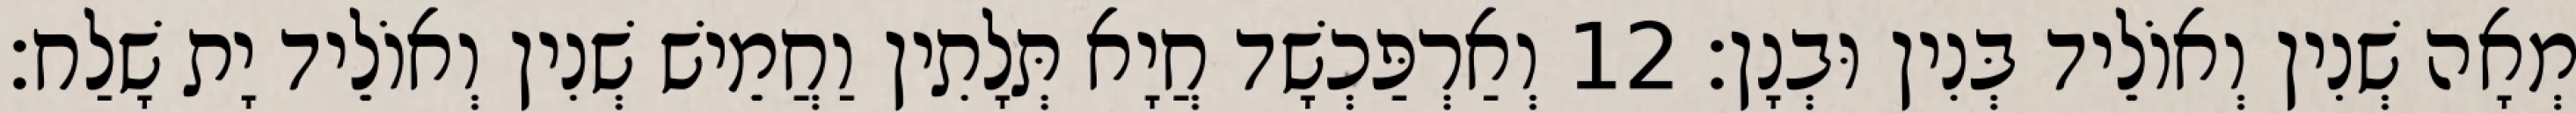
מְאָה שְׁנִין וְאוֹלֵיד בְּנִין וּבְנָן׃ 12 וְאַרְפַּכְשָׁד חֲיָא תְּלָתִין וַחֲמֵישׁ שְׁנִין וְאוֹלֵיד יָת שָׁלַח׃